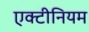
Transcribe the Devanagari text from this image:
एक्टीनियम